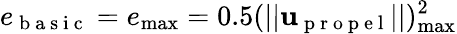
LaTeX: e_{\mathrm{~b~a~s~i~c~}}=e_{\operatorname*{max}}=0.5(||\mathbf{u}_{\mathrm{~p~r~o~p~e~l~}}||)_{\operatorname*{max}}^{2}